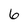
Character: 6